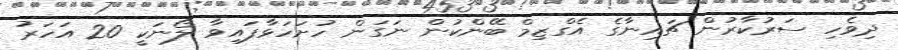
ދިވެހި ސަރުކާރުން ޗައިނާގެ އެގްޒިމް ބޭންކުން ނަގަން ހުށަހަޅާފައިވާ ލޯނަކީ 20 އަހަރު